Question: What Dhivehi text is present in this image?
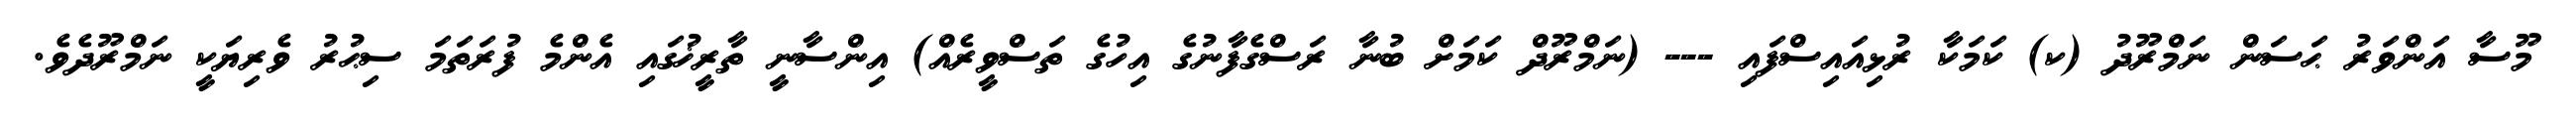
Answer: މޫސާ އަންވަރު ޙަސަން ނަމްރޫދު (ކ) ކަމަކާ ރުޅިއައިސްފައި --- (ނަމްރޫދް ކަމަށް ބުނާ ރަސްގެފާނުގެ އިހުގެ ތަސްވީރެއް) އިންސާނީ ތާރީޚުގައި އެންމެ ފުރަތަމަ ސިޙުރު ވެރިޔަކީ ނަމްރޫދެވެ.